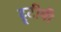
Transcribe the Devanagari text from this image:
ट्रूटीवी